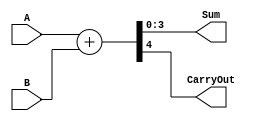
module Adder(
    input [3:0] A,
    input [3:0] B,
    output [3:0] Sum,
    output CarryOut
    );
    
    assign {CarryOut, Sum} = A + B;
endmodule

module Subtractor(
    input [3:0] A,
    input [3:0] B,
    output [3:0] Difference,
    output Borrow
    );
    
    assign {Borrow, Difference} = A - B; 
endmodule

module ArithmeticUnit(
    input [3:0] A,
    input [3:0] B,
    input Sel,  // 0 , 1 
    output [3:0] Result,
    output CarryOut,
    output Overflow
    );

    wire [3:0] Sum, Difference;
    wire CarryOutAdd, BorrowSub;

    //  
    Adder add(
        .A(A), 
        .B(B), 
        .Sum(Sum), 
        .CarryOut(CarryOutAdd)
    );
    Subtractor sub(
        .A(A), 
        .B(B), 
        .Difference(Difference), 
        .Borrow(BorrowSub)
    );

    //
    assign Result = Sel ? Difference : Sum;
    assign CarryOut = Sel ? BorrowSub : CarryOutAdd;

endmodule









/////////////////////////////////////////////////////////////////////////////////////
////////////////////////////////////////////////////////////////////////
/////////////////////////////////////////////////////////////////////////////////////

`timescale 1ns / 1ps

module ArithmeticUnit_tb;

reg [3:0] A_tb, B_tb;
reg Sel_tb;
wire [3:0] Result_tb;
wire Carry_tb;

ArithmeticUnit uut (
    .A(A_tb), 
    .B(B_tb), 
    .Sel(Sel_tb), 
    .Result(Result_tb), 
    .CarryOut(Carry_tb)
);

initial begin
    A_tb = 0; B_tb = 0; Sel_tb = 0;
    #10 $display("Sel=0 for add, Sel=1 for substract");
    
    // Test Case 1: Addition 3 + 2
    A_tb = 4'd3; B_tb = 4'd2; Sel_tb = 1'b0;  // Sel 0 for addition
    #10 $display("Time: %t, A=%b(%d), B=%b(%d), Sel=%b, Result=%b(%d), Carry(orBorrow)=%b", $time, A_tb, A_tb, B_tb, B_tb, Sel_tb, Result_tb, Result_tb, Carry_tb);
    #10;  // Wait 10 ns
    
    // Test Case 2: Subtraction 3 - 2
    A_tb = 4'd3; B_tb = 4'd2; Sel_tb = 1'b1;  // Sel 1 for subtraction
    #10 $display("Time: %t, A=%b(%d), B=%b(%d), Sel=%b, Result=%b(%d), Carry(orBorrow)=%b", $time, A_tb, A_tb, B_tb, B_tb, Sel_tb, Result_tb, Result_tb, Carry_tb);
    #10;  // Wait 10 ns
    
    // Test Case 3: Addition 7 + 5
    A_tb = 4'd7; B_tb = 4'd5; Sel_tb = 1'b0;
    #10 $display("Time: %t, A=%b(%d), B=%b(%d), Sel=%b, Result=%b(%d), Carry(orBorrow)=%b", $time, A_tb, A_tb, B_tb, B_tb, Sel_tb, Result_tb, Result_tb, Carry_tb);
    #10;
    
    // Test Case 4: Subtraction 10 - 8
    A_tb = 4'd10; B_tb = 4'd8; Sel_tb = 1'b1;
    #10 $display("Time: %t, A=%b(%d), B=%b(%d), Sel=%b, Result=%b(%d), Carry(orBorrow)=%b", $time, A_tb, A_tb, B_tb, B_tb, Sel_tb, Result_tb, Result_tb, Carry_tb);
    #10;
    
    // Test Case 5
    A_tb = 4'd8; B_tb = 4'd9; Sel_tb = 1'b0;
    #10 $display("Time: %t, A=%b(%d), B=%b(%d), Sel=%b, Result=%b(%d), Carry(orBorrow)=%b", $time, A_tb, A_tb, B_tb, B_tb, Sel_tb, Result_tb, Result_tb, Carry_tb);
    #10;
    
    // Test Case 6
    A_tb = 4'd5; B_tb = 4'd6; Sel_tb = 1'b1;
    #10 $display("Time: %t, A=%b(%d), B=%b(%d), Sel=%b, Result=%b(%d), Carry(orBorrow)=%b", $time, A_tb, A_tb, B_tb, B_tb, Sel_tb, Result_tb, Result_tb, Carry_tb);
    #10;
  
    $finish;
end

endmodule